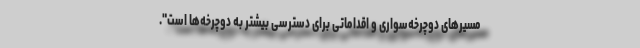
مسیرهای دوچرخه‌سواری و اقداماتی برای دسترسی بیشتر به دوچرخه‌ها است".